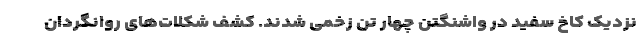
نزدیک کاخ سفید در واشنگتن چهار تن زخمی شدند. کشف شکلات‌های روانگردان